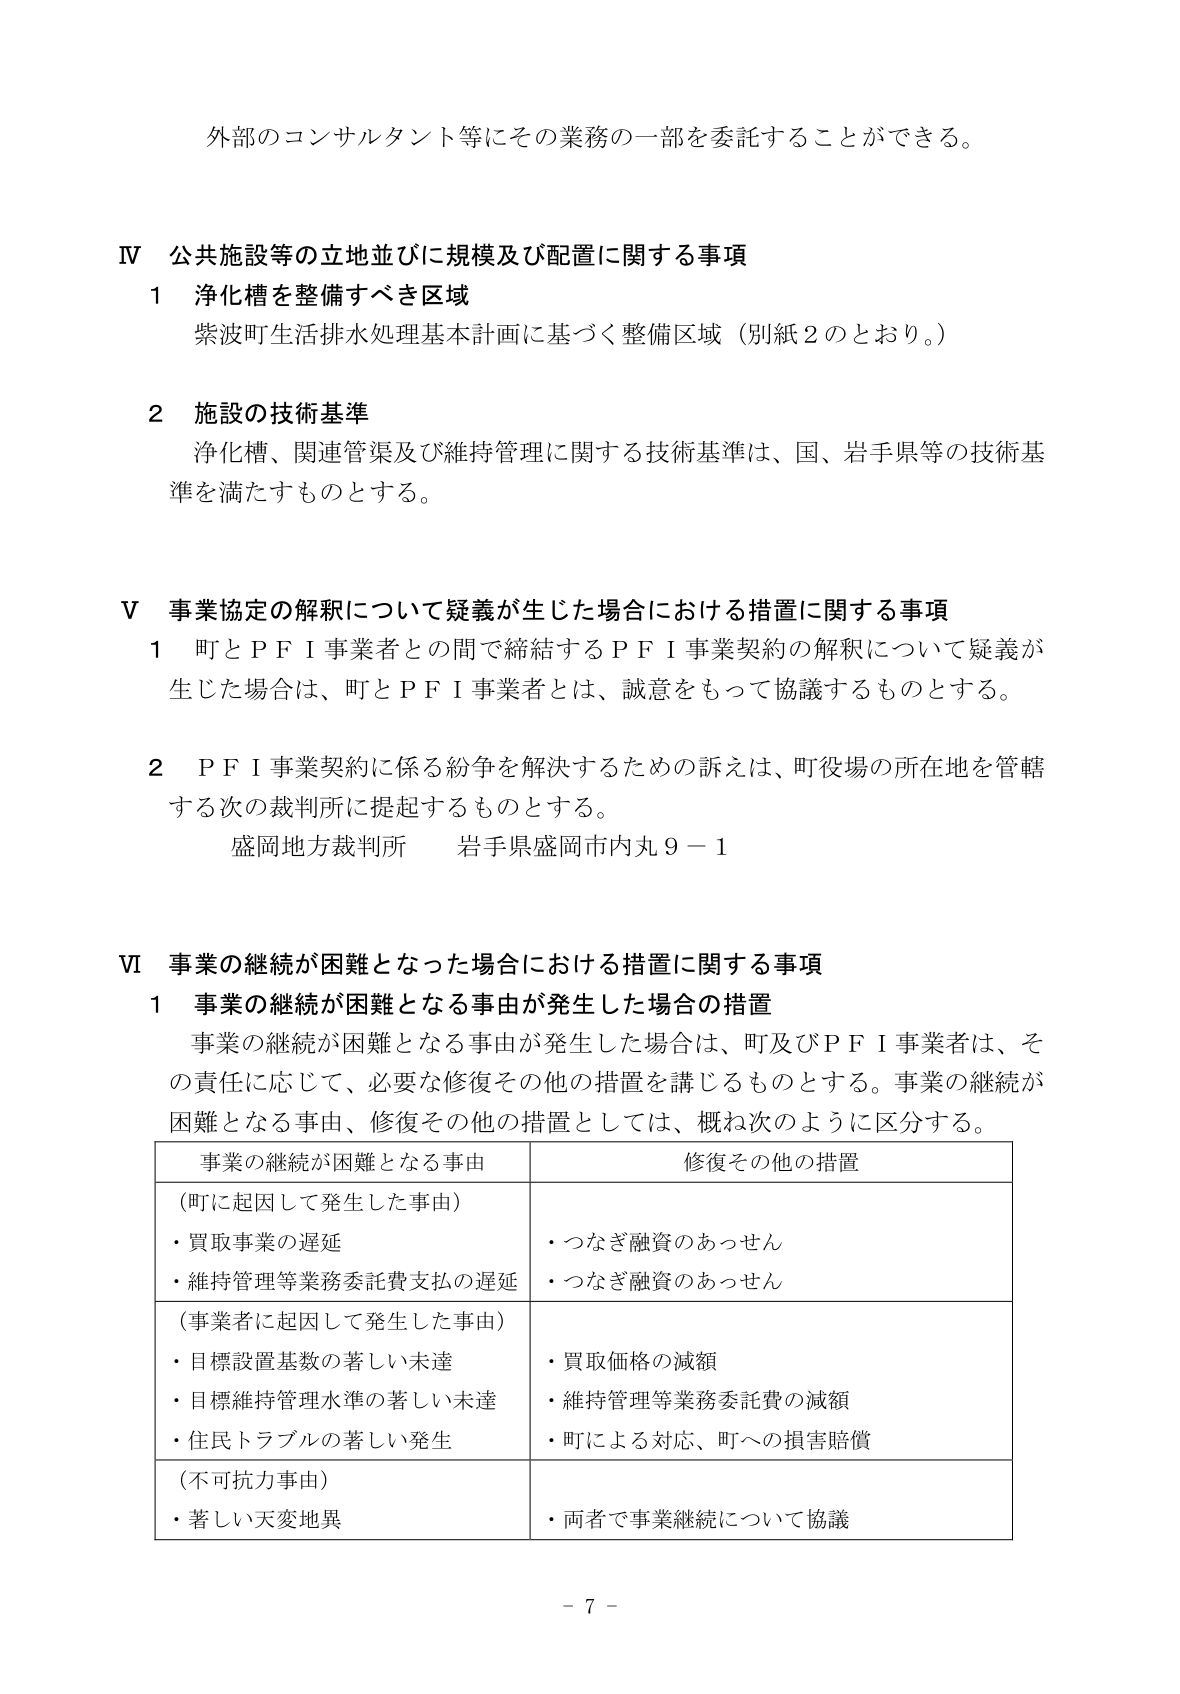
外部のコンサルタント等にその業務の一部を委託することができる。

Ⅳ 公共施設等の立地並びに規模及び配置に関する事項
1 浄化槽を整備すべき区域
紫波町生活排水処理基本計画に基づく整備区域（別紙2のとおり。）

2 施設の技術基準
浄化槽、関連管渠及び維持管理に関する技術基準は、国、岩手県等の技術基準を満たすものとする。

Ⅴ 事業協定の解釈について疑義が生じた場合における措置に関する事項
1 町とＰＦＩ事業者との間で締結するＰＦＩ事業契約の解釈について疑義が生じた場合は、町とＰＦＩ事業者とは、誠意をもって協議するものとする。

2 ＰＦＩ事業契約に係る紛争を解決するための訴えは、町役場の所在地を管轄する次の裁判所に提起するものとする。
盛岡地方裁判所 岩手県盛岡市内丸９－１

Ⅵ 事業の継続が困難となった場合における措置に関する事項
1 事業の継続が困難となる事由が発生した場合の措置
事業の継続が困難となる事由が発生した場合は、町及びＰＦＩ事業者は、その責任に応じて、必要な修復その他の措置を講じるものとする。事業の継続が困難となる事由、修復その他の措置としては、概ね次のように区分する。

| 事業の継続が困難となる事由 | 修復その他の措置 |
|-----------------------------|------------------|
| （町に起因して発生した事由）<br>・買取事業の遅延<br>・維持管理等業務委託費支払の遅延 | ・つなぎ融資のあっせん<br>・つなぎ融資のあっせん |
| （事業者に起因して発生した事由）<br>・目標設置基数の著しい未達<br>・目標維持管理水準の著しい未達<br>・住民トラブルの著しい発生 | ・買取価格の減額<br>・維持管理等業務委託費の減額<br>・町による対応、町への損害賠償 |
| （不可抗力事由）<br>・著しい天変地異 | ・両者で事業継続について協議 |

－ 7 －